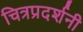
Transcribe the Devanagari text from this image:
चित्रप्रदर्शनी